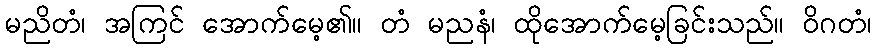
မညိတံ၊ အကြင် အောက်မေ့၏။ တံ မညနံ၊ ထိုအောက်မေ့ခြင်းသည်။ ဝိဂတံ၊